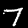
Digit: 7